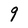
Character: 9